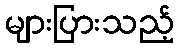
များပြားသည့်